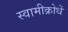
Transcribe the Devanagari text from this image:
स्वामीक्रोधें